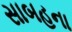
સાબહના